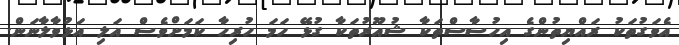
އެވަގުތަކު ރައްޔިތުންގެ އިހުސާސްތަކާ ޝުއޫރުތަކާ ގުޅޭ ހަމަ ހުރިހާ ކަމަށްވެސް އަލި އަޅުވާލާނަން.